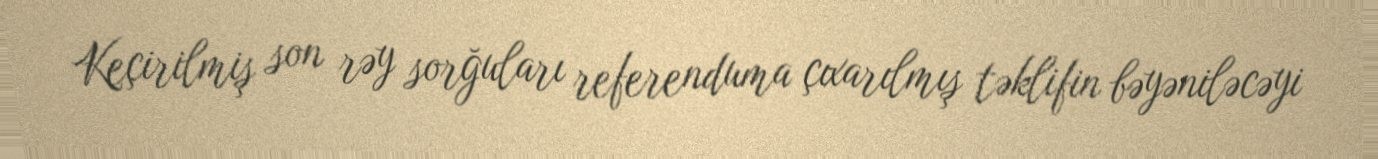
Keçirilmiş son rəy sorğuları referenduma çıxarılmış təklifin bəyəniləcəyi